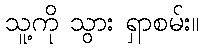
သူ့ကို သွား ရှာစမ်း။